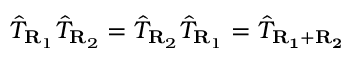
{ \hat { T } } _ { \mathbf { R } _ { 1 } } { \hat { T } } _ { \mathbf { R } _ { 2 } } = { \hat { T } } _ { \mathbf { R } _ { 2 } } { \hat { T } } _ { \mathbf { R } _ { 1 } } = { \hat { T } } _ { \mathbf { R _ { 1 } + R _ { 2 } } }